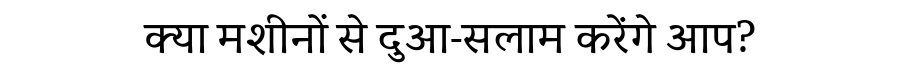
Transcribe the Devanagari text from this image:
क्या मशीनों से दुआ-सलाम करेंगे आप?